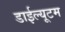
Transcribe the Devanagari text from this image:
डाईल्यूटम